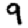
Digit: 9